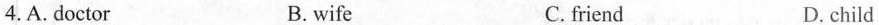
4.A. doctor B. wife C. friend D. child